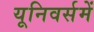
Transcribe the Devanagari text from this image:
यूनिवर्समें